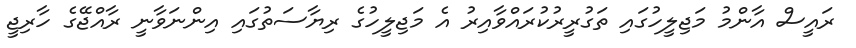
ރައީސް އާންމު މަޖިލީހުގައި ތަގުރީރުކުރައްވާއިރު އެ މަޖިލީހުގެ ރިޔާސަތުގައި އިންނަވާނީ ރާއްޖޭގެ ހާރިޖީ